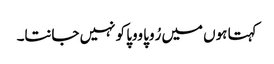
کہتا ہوں میں رُوپا ووپا کو نہیں جانتا۔